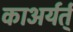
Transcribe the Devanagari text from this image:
काअर्यर्त्